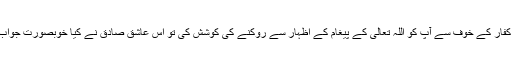
چنانچہ آپؐ کے چچا نے جب کفار کے خوف سے آپؐ کو اللہ تعالیٰ کے پیغام کے اظہار سے روکنے کی کوشش کی تو اس عاشق صادق نے کیا خوبصورت جواب دیا، اس کا ذکر یوں ملتا ہے۔